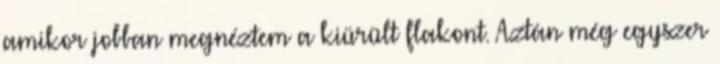
amikor jobban megnéztem a kiürült flakont. Aztán még egyszer